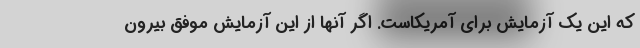
که این یک آزمایش برای آمریکاست. اگر آنها از این آزمایش موفق بیرون